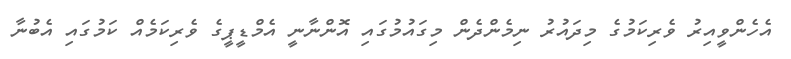
އެހެންވީއިރު ވެރިކަމުގެ މިދައުރު ނިމެންދެން މިގައުމުގައި އޮންނާނީ އެމްޑީޕީގެ ވެރިކަމެއް ކަމުގައި އެބުނާ